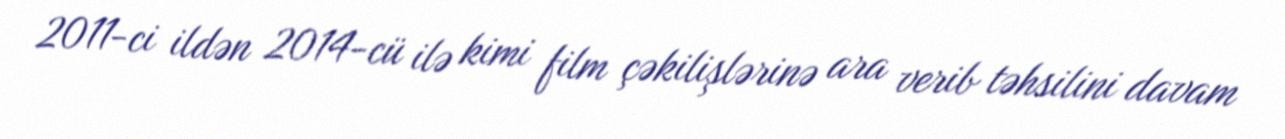
2011-ci ildən 2014-cü ilə kimi film çəkilişlərinə ara verib təhsilini davam